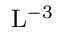
\mathrm { L ^ { - 3 } }